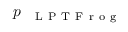
p _ { \mathrm { ~ \textsc ~ { ~ L ~ P ~ T ~ F ~ r ~ o ~ g ~ } ~ } }